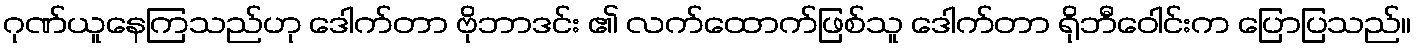
ဂုဏ်ယူနေကြသည်ဟု ဒေါက်တာ ဗိုဘာဒင်း ၏ လက်ထောက်ဖြစ်သူ ဒေါက်တာ ရိုဘီဝေါင်းက ပြောပြသည်။